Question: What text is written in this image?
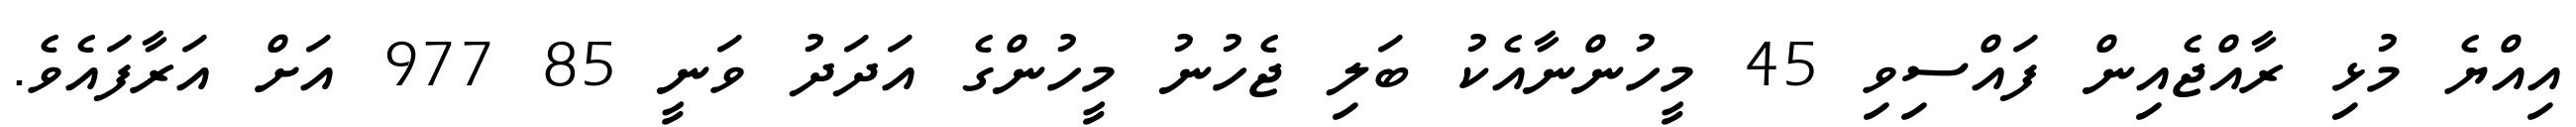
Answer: އިއްޔެ މުޅި ރާއްޖެއިން ފައްސިވި 45 މީހުންނާއެކު ބަލި ޖެހުނު މީހުންގެ އަދަދު ވަނީ 85 977 އަށް އަރާފައެވެ.